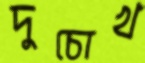
দুচোখ